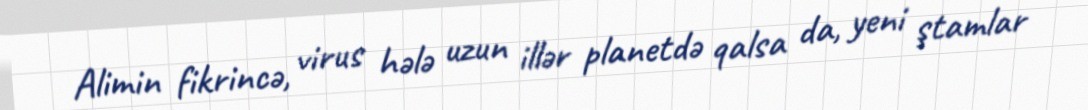
Alimin fikrincə, virus hələ uzun illər planetdə qalsa da, yeni ştamlar